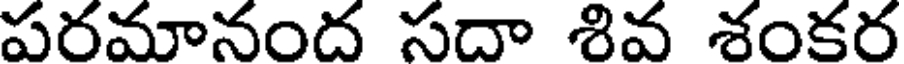
పరమానంద సదా శివ శంకర